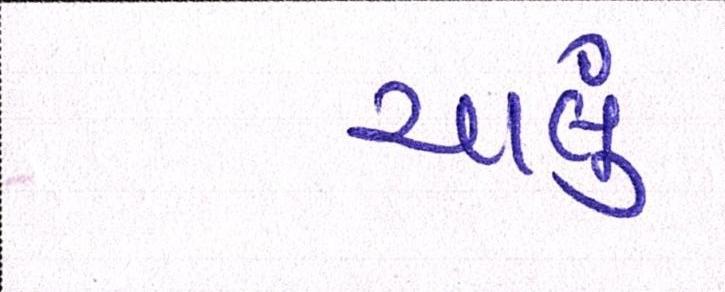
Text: ચાલું